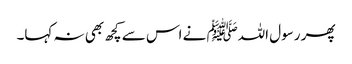
پھر رسول اللہﷺ نے اس سے کچھ بھی نہ کہا۔